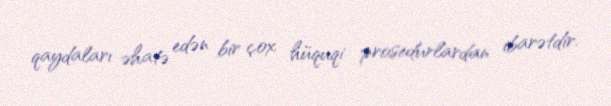
qaydaları əhatə edən bir çox hüquqi prosedurlardan ibarətdir.